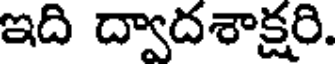
ఇది ద్వాదశాక్షరి.